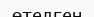
өтелген